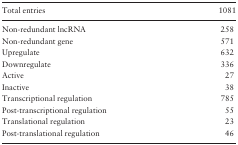
<table><thead><tr><td><b>Total entries</b></td><td><b>1081</b></td></tr></thead><tbody><tr><td>Non-redundant lncRNA</td><td>258</td></tr><tr><td>Non-redundant gene</td><td>571</td></tr><tr><td>Upregulate</td><td>632</td></tr><tr><td>Downregulate</td><td>336</td></tr><tr><td>Active</td><td>27</td></tr><tr><td>Inactive</td><td>38</td></tr><tr><td>Transcriptional regulation</td><td>785</td></tr><tr><td>Post-transcriptional regulation</td><td>55</td></tr><tr><td>Translational regulation</td><td>23</td></tr><tr><td>Post-translational regulation</td><td>46</td></tr></tbody></table>